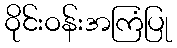
ဝိုင်းဝန်းအကြံပြု